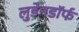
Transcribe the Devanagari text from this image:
लुडेनडॉर्फ